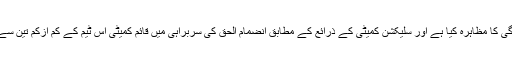
پاکستان اے کرکٹ ٹیم کے دورۂ انگلینڈ میں چند کھلاڑیوں نے اچھی کارکردگی کا مظاہرہ کیا ہے اور سلیکشن کمیٹی کے ذرائع کے مطابق انضمام الحق کی سربراہی میں قائم کمیٹی اس ٹیم کے کم ازکم تین سے چار کھلاڑیوں کو انگلینڈ کے خلاف ون ڈے سیریز میں موقع دینا چاہتی ہے۔